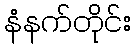
နံနက်တိုင်း